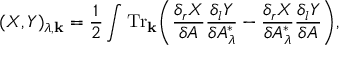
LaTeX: ( X , Y ) _ { \lambda , { \bf k } } = \frac { 1 } { 2 } \int { \mathrm { T r } } _ { \bf k } \bigg ( { \frac { \delta _ { r } X } { \delta { \cal A } } } { \frac { \delta _ { l } Y } { \delta { \cal A } _ { \lambda } ^ { * } } } - { \frac { \delta _ { r } X } { \delta { \cal A } _ { \lambda } ^ { * } } } { \frac { \delta _ { l } Y } { \delta { \cal A } } } \bigg ) ,